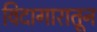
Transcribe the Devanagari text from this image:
विदागारातून